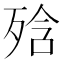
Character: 𭮕